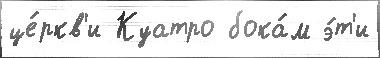
це́ркв'и Куатро бока́м э́т'и